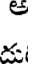
క